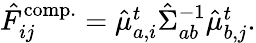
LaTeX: \begin{array}{r}{\hat{F}_{ij}^{\mathrm{comp.}}=\hat{\mu}_{a,i}^{t}{\hat{\Sigma}}_{ab}^{-1}\hat{\mu}_{b,j}^{t}.}\end{array}